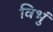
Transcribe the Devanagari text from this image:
विभुं